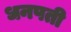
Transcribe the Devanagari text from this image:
धनपती